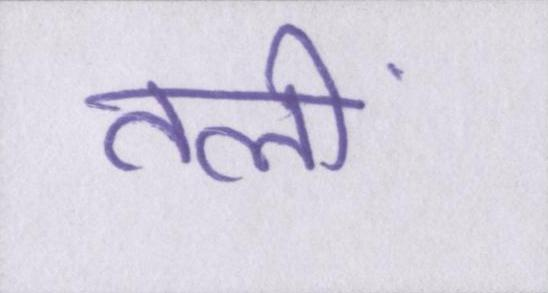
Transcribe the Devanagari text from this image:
तलीं